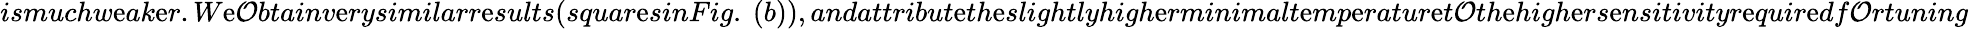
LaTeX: ismuchw\mathrm{e}ak\mathrm{e}r.W\mathrm{e}\mathcal{O}btainv\mathrm{e}rysimilarr\mathrm{e}sults(squar\mathrm{e}sinFig.~(b)),andattribut\mathrm{e}th\mathrm{e}slightlyhigh\mathrm{e}rminimalt\mathrm{e}mp\mathrm{e}ratur\mathrm{e}t\mathcal{O}th\mathrm{e}high\mathrm{e}rs\mathrm{e}nsitivityr\mathrm{e}quir\mathrm{e}df\mathcal{O}rtuning